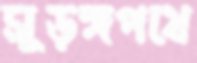
সুড়ঙ্গপথে